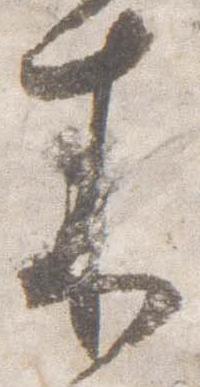
来